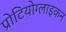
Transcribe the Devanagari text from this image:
प्रोटियोग्लाइकन